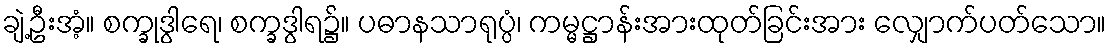
ချဲ့ဦးအံ့။ စက္ခုဒွါရေ၊ စက္ခဒွါရ၌။ ပဓာနသာရုပ္ပံ၊ ကမ္မဋ္ဌာန်းအားထုတ်ခြင်းအား လျှောက်ပတ်သော။